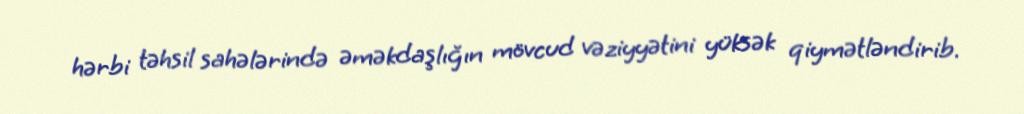
hərbi təhsil sahələrində əməkdaşlığın mövcud vəziyyətini yüksək qiymətləndirib.